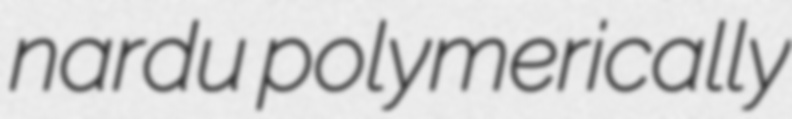
nardu polymerically